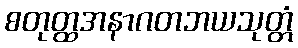
စတုတ္ထအနာဂတဘယသုတ္တံ